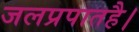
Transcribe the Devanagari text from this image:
जलप्रपातहै।